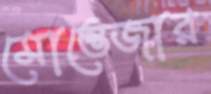
মোন্তেজার